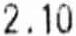
2.10